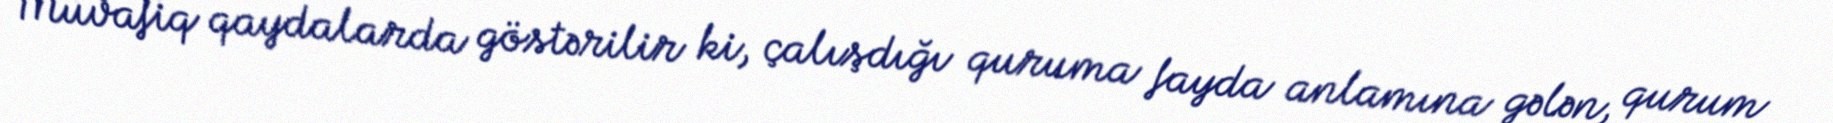
Müvafiq qaydalarda göstərilir ki, çalışdığı quruma fayda anlamına gələn, qurum